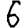
Digit: 6